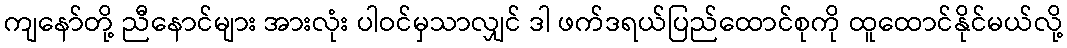
ကျနော်တို့ ညီနောင်များ အားလုံး ပါဝင်မှသာလျှင် ဒါ ဖက်ဒရယ်ပြည်ထောင်စုကို ထူထောင်နိုင်မယ်လို့